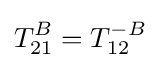
T_{21}^{B}=T_{12}^{-B}